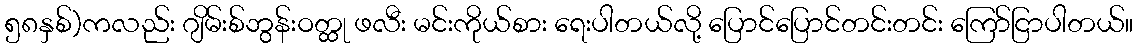
၅၈နှစ်)ကလည်း ဂျိမ်းစ်ဘွန်းဝတ္ထု ဖလီး မင်းကိုယ်စား ရေးပါတယ်လို့ ပြောင်ပြောင်တင်းတင်း ကြော်ငြာပါတယ်။